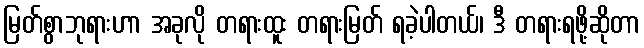
မြတ်စွာဘုရားဟာ အခုလို တရားထူး တရားမြတ် ရခဲ့ပါတယ်၊ ဒီ တရားရဖို့ဆိုတာ